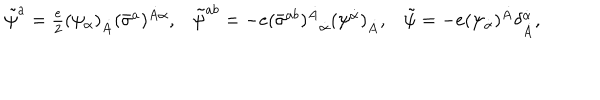
\begin{matrix} { { \tilde { \psi } ^ { a } = { \frac { e } { 2 } } ( \psi _ { \alpha } ) _ { \dot { A } } ( \bar { \sigma } ^ { a } ) ^ { \dot { A } \alpha } , } } & { { \tilde { \psi } ^ { a b } = - e { ( \bar { \sigma } ^ { a b } ) ^ { \dot { A } } } _ { \dot { \alpha } } ( \psi ^ { \dot { \alpha } } ) _ { \dot { A } } , } } & { { \tilde { \psi } = - e ( \psi _ { \dot { \alpha } } ) ^ { \dot { A } } \delta _ { \dot { A } } ^ { \dot { \alpha } } , } } \\ \end{matrix}